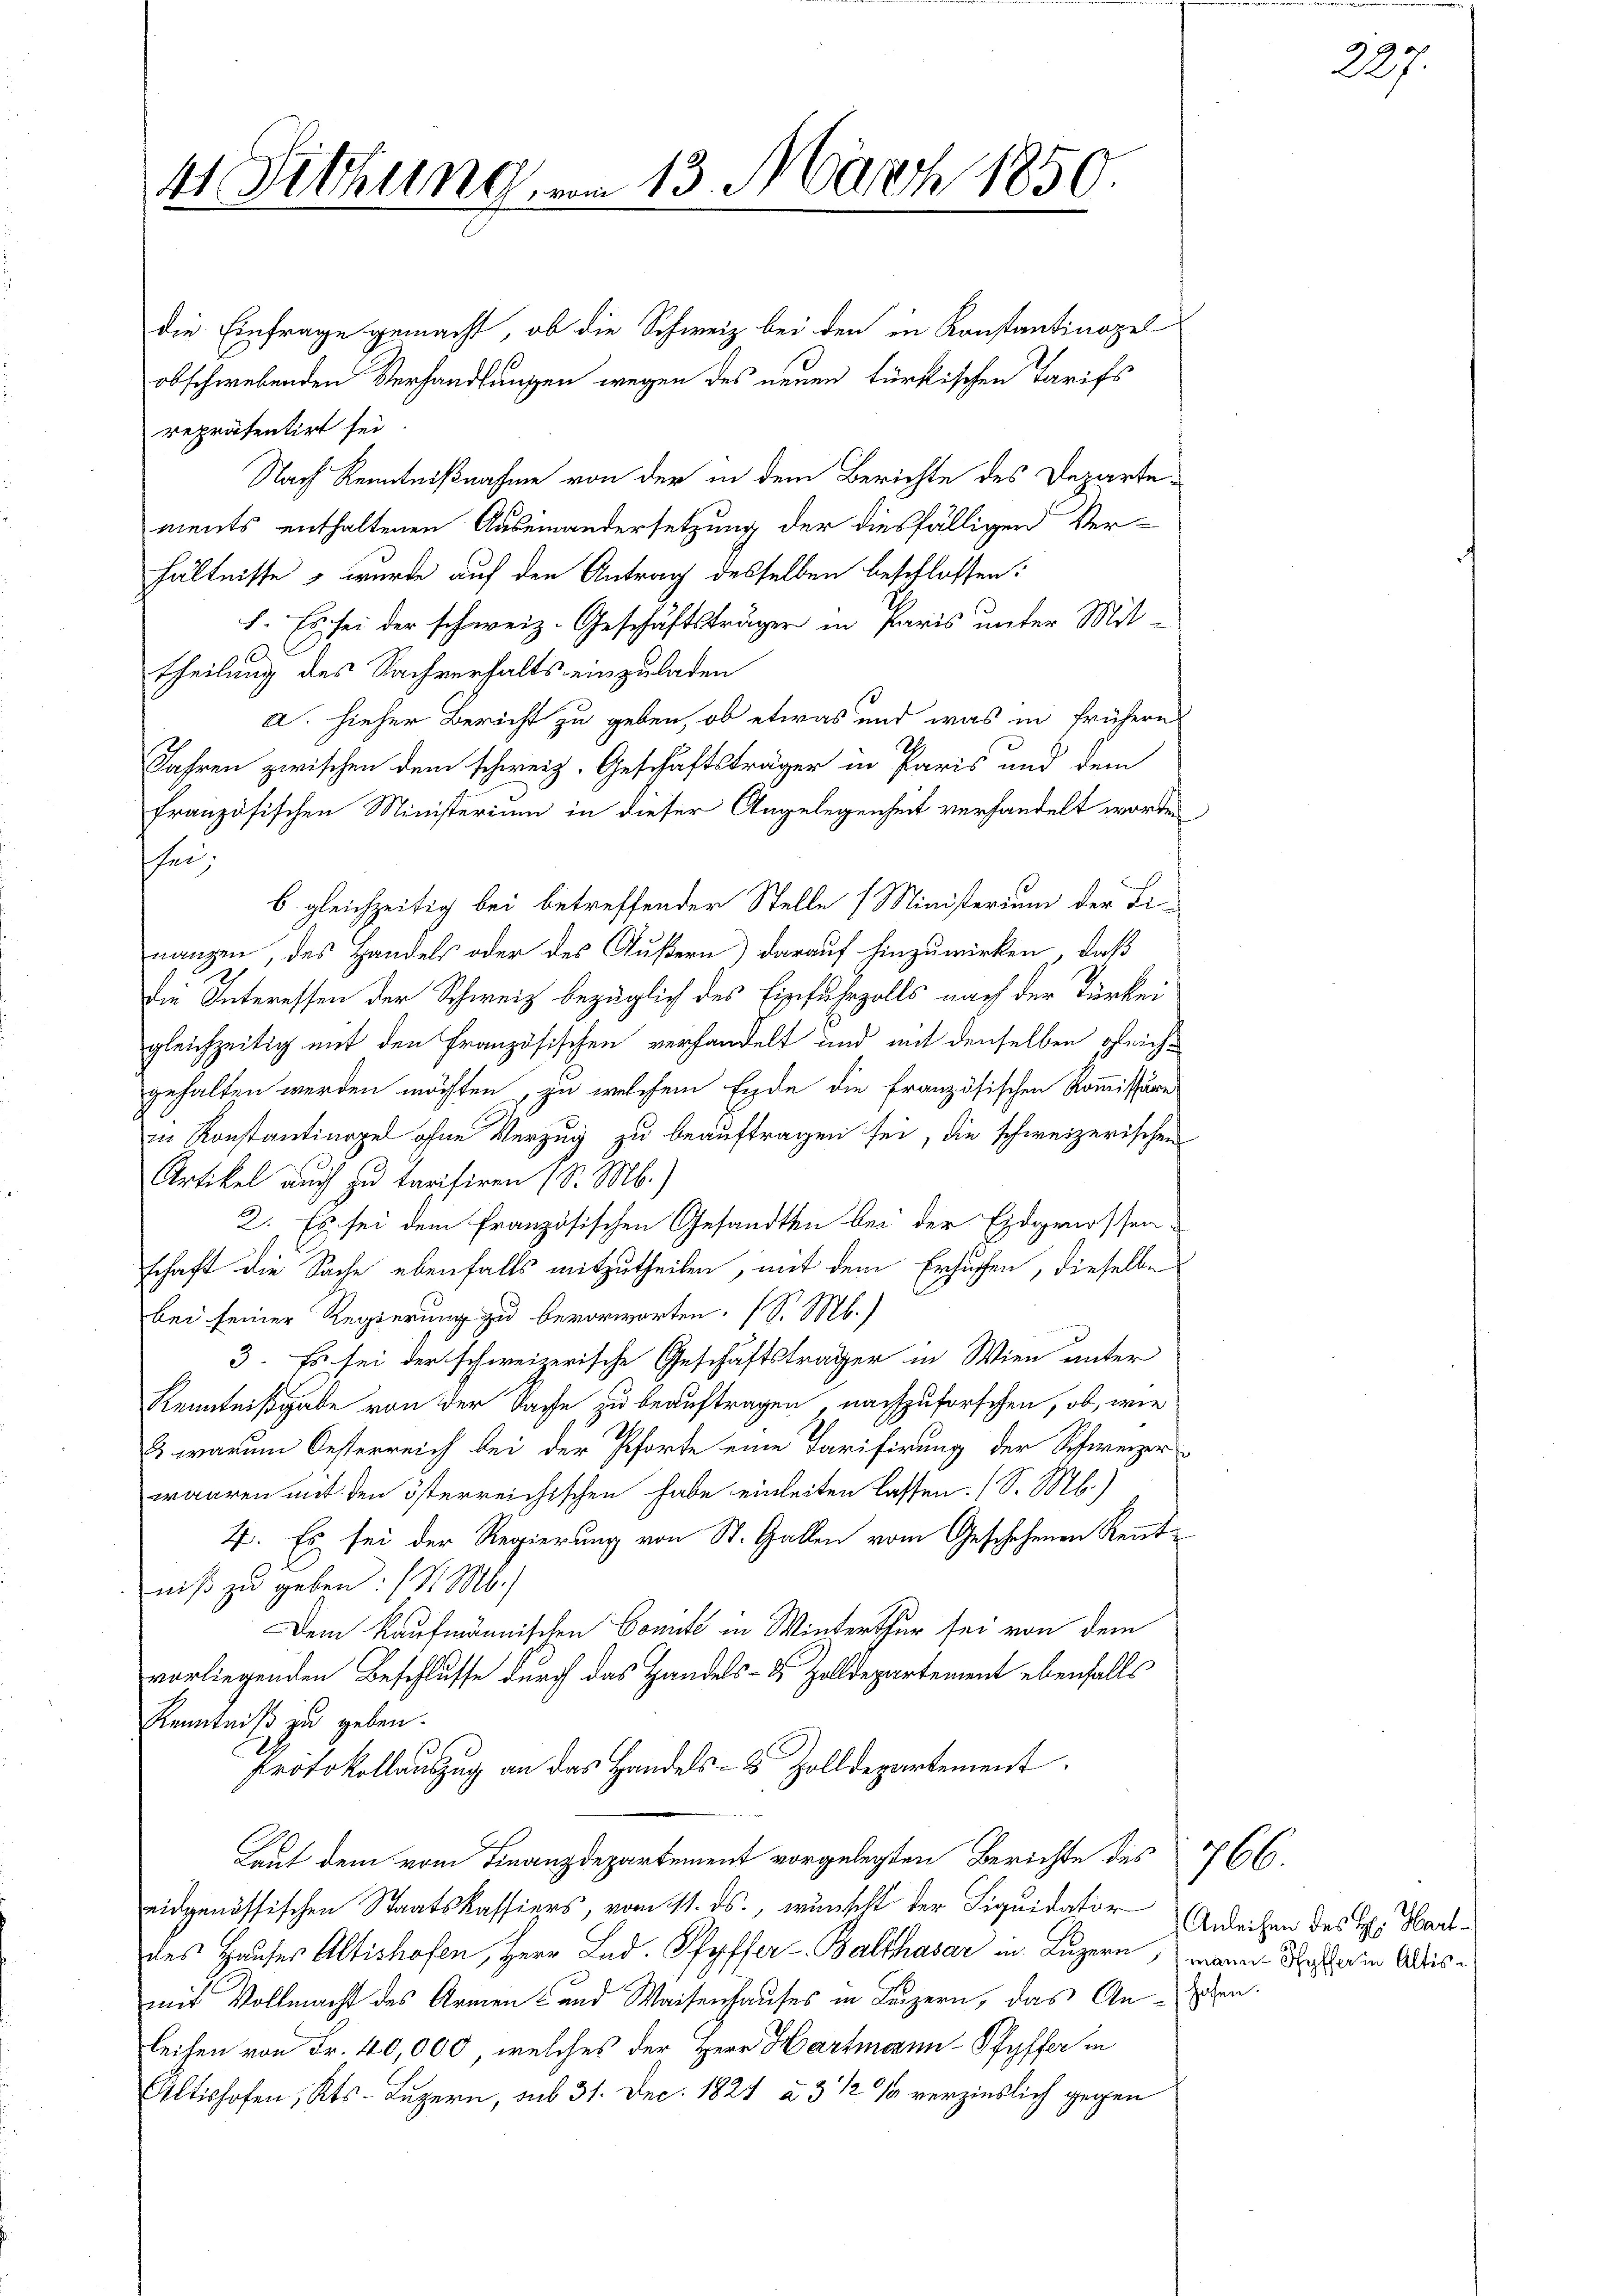
41. Sitzung, um 13. März 1850.
d

die Einfrage gemacht, ob die Schweiz bei den in Konstantinopel
obschwebenden Verhandlungen wegen des neuen türkischen Tarifs
repräsentirt sei.
Nach Kenntnißnahme von der in dem Berichte des Departements enthaltenen Auseinandersetzung der diesfälligen Ver-
hältnisse, wurde auf den Antrag desselben beschlossen:
1. Es sei der schweiz. Geschäftsträger in Paris unter Mittheilung des Sachverhalts einzuladen
a. hieher Bericht zu geben, ob etwas und was in frühere
Jahren zwischen dem schweiz. Geschäftsträger in Paris und dem
französischen Ministerium in dieser Angelegenheit verhandelt worden
hen.
b. gleichzeitig bei betreffender Stelle (Ministerium der Linanzen, des Handels oder des Äußern) darauf hinzuwirken, daß
die Interessen der Schweiz bezüglich des Einfuhrzolls nach der Türkei
gleichzeitig mit den Französischen verhandelt und mit denselben gleich-
gehalten werden möchten, zu welchem Ende die französischen Kommissäre
in Konstantinopel ohne Verzug zu beauftragen sei, die schweizerischen
Artikel auch zu tarisiren (S. M.)
2. Es sei dem französischen Gesandten bei der Eidgenossenschaft die Sache ebenfalls mitzutheilen, mit dem Ersuchen, dieselbe
bei seiner Regierung zu bevorworten. (S. Mb.)

3. Es sei der schweizerische Geschäftsträger in Wien unter
Kenntnißgabe von der Sache zu beauftragen nachzuforschen, ob, wie
Es warum Oesterreich bei der Pforte eine Tarifirung der Schweizer
waaren mit den österreichischen habe einleiten lassen. (S. Mb.)
4. Es sei der Regierung von St. Gallen vom Geschehenen Rentniß zu geben: (S Mb.)
Dem Kaufmännischen Comite in Winterthur sei von dem
vorliegenden Beschlusse durch das Handels- & Zolldepartement ebenfalls
Kenntniß zu geben.
Protokollauszug an das Handels- & Zolldepartement
Laut dem vom Finanzdepartement vorgelegten Berichte des
eidgenössischen Staatskassiers, vom 11. ds., wünscht der Liquidator Andrechen des H. Hartdes Hauses Altishofen, Herr Lad. Pfyffer Balthasar in Luzern, wann des an Adlismit Vollmacht des Armen- und Waisenhauses in Luzern, das Ansehen.
leihen von Fr. 40,000, welches der Herr Hartmann-Pfyffer in
Altishofen, Kts. Luzern, sub 31. Dec. 1824 à 3 1/2 % verzinslich gegen

766.

227.